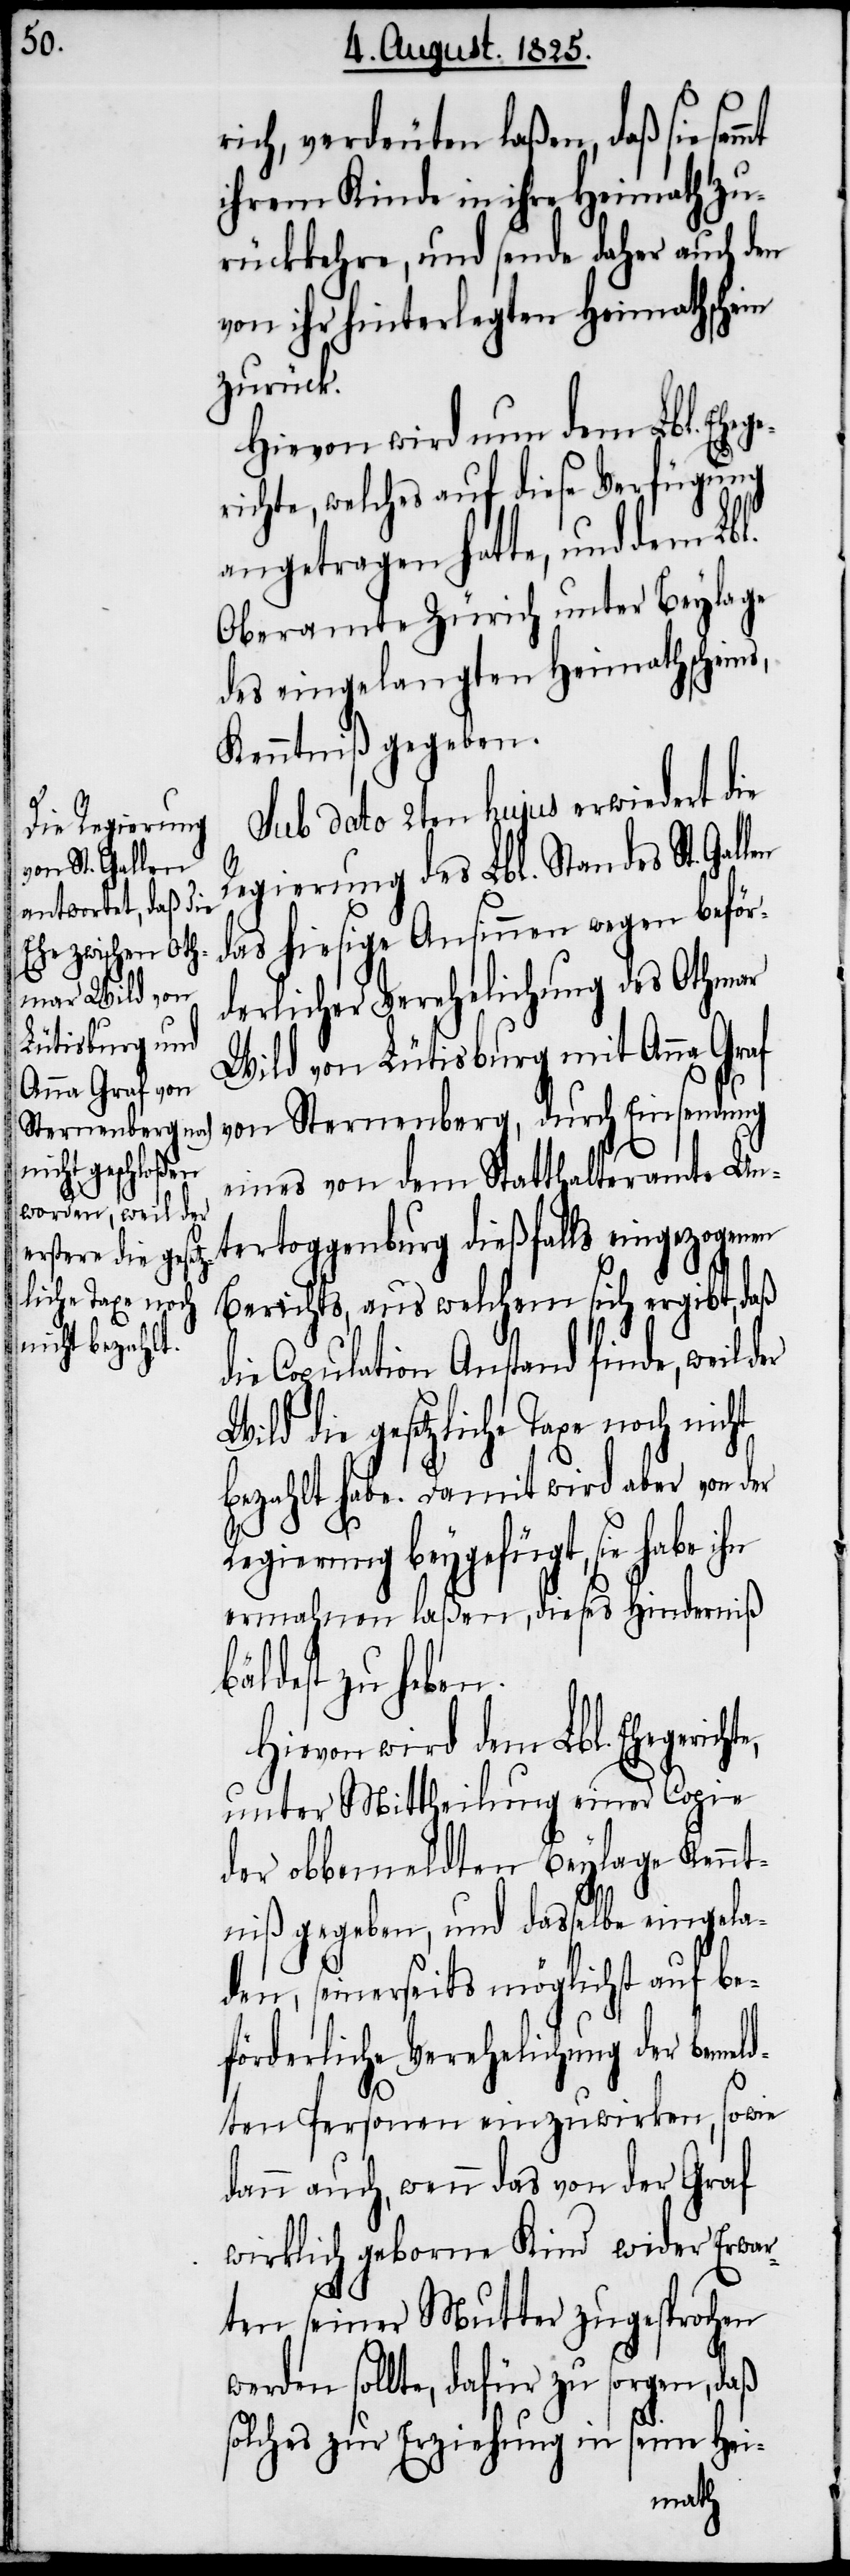
te,

rich, verdeuten laßen, daß sie sam¬
ihrem Kinde in ihre Heimath zu¬
rückkehre, und sende daher auch den
von ihr hinterlegten Heimathschein
zurück.
Hievon wird nun dem Lbl. Eheg¬
richte, welches auf diese Verfügung
angetragen hatte, und dem Lbl.
Oberamte Zürich unter Beylage
des eingelangten Heimathscheins,
Kenntniß gegeben.
Sub dato 2ten hujus erwiedert die
Regierung des Lbl. Standes St.
das hiesige Ansinnen wegen beför¬
derlicher Verehelichung des Othmar
Wild von Lütisburg mit Anna Graf
von Sternenberg, durch Einsendung
eines von dem Statthalteramte Un¬
tertoggenburg dießfalls eingezogenen
Berichts, aus welchem sich ergibt, daß
die Copulation Anstand finde, weil der
die gesetzliche Taxe noch nicht
bezahlt habe. Damit wird aber von der
Regierung beygefügt, sie habe ihn
ermahnen laßen, dieses Hinderniß
bäldest zu heben.
Hievon wird dem Lbl. Ehegerich¬
unter Mittheilung einer Copie
der obbemeldten Beylage Kennt¬
niß gegeben, und dasselbe eingela¬
den, seinerseits möglichst auf be¬
förderliche Verehelichung der bemeld¬
ten Personen einzuwirken, sowie
dann auch, wenn das von der Graf
wirklich geborene Kind wieder Erwar¬
ten seiner Mutter zugesprochen
werden sollte, dafür zu sorgen, daß
solches zur Erziehung in seine Hei-